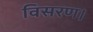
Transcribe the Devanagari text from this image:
विसरण।